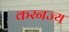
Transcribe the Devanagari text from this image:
करनज्य